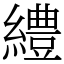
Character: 䌡